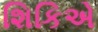
શિકિએ